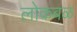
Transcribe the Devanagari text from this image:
लोकबळ